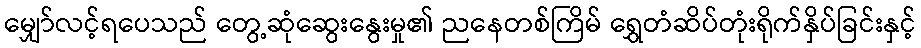
မျှော်လင့်ရပေသည် တွေ့ဆုံဆွေးနွေးမှု၏ ညနေတစ်ကြိမ် ရွှေတံဆိပ်တုံးရိုက်နှိပ်ခြင်းနှင့်